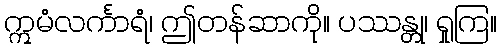
ဣမံလင်္ကာရံ၊ ဤတန်ဆာကို။ ပဿန္တု၊ ရှုကြ။